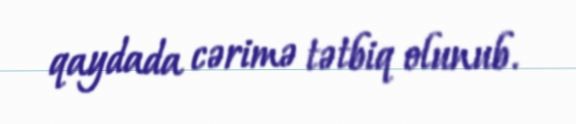
qaydada cərimə tətbiq olunub.